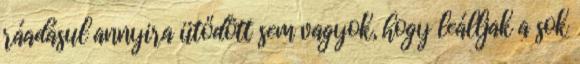
ráadásul annyira ütődött sem vagyok, hogy leálljak a sok